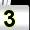
Digit: 3